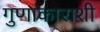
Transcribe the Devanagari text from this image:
गुणाकाराशी